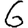
Digit: 6